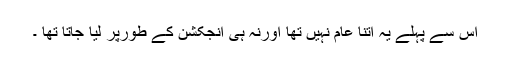
اس سے پہلے یہ اتنا عام نہیں تھا اورنہ ہی انجکشن کے طورپر لیا جاتا تھا ۔